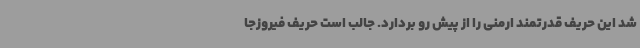
شد این حریف قدرتمند ارمنی را از پیش رو بردارد. جالب است حریف فیروزجا